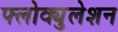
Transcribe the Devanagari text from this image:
फ्लोक्युलेशन